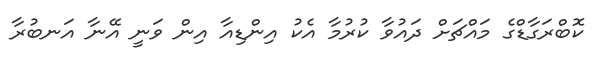
ކޮބްރަގާޑްގެ މައްޗަށް ދައުވާ ކުރުމާ އެކު އިންޑިއާ އިން ވަނީ އޭނާ އަނބުރާ